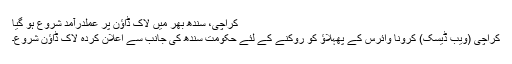
کراچی، سندھ بھر میں لاک ڈاؤن پر عملدرآمد شروع ہو گیا
کراچی (ویب ڈیسک) کرونا وائرس کے پھہلاؤ کو روکنے کے لئے حکومتِ سندھ کی جانب سے اعلان کردہ لاک ڈاؤن شروع۔